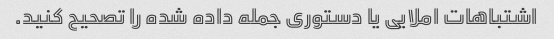
اشتباهات املایی یا دستوری جمله داده شده را تصحیح کنید.